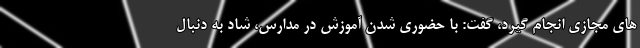
های مجازی انجام گیرد، گفت: با حضوری شدن آموزش در مدارس، شاد به دنبال